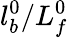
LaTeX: l_{b}^{0}/L_{f}^{0}